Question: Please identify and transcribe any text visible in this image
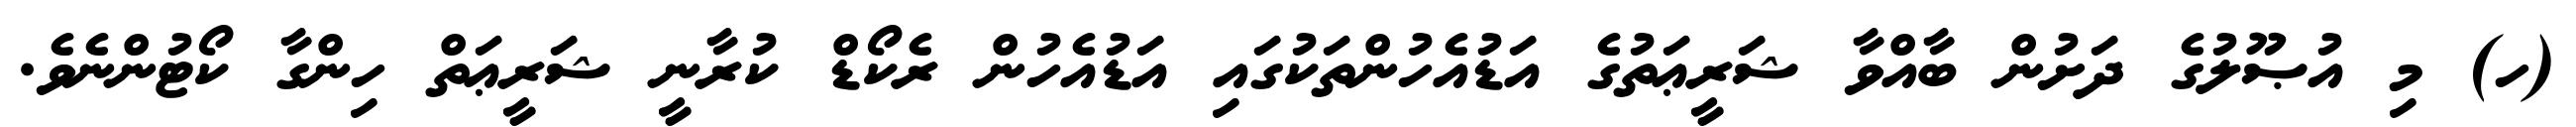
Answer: (ހ) މި އުޞޫލުގެ ދަށުން ބާއްވާ ޝަރީޢަތުގެ އަޑުއެހުންތަކުގައި އަޑުއެހުން ރެކޯޑް ކުރާނީ ޝަރީޢަތް ހިންގާ ކޯޓުންނެވެ.